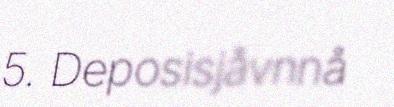
5. Deposisjåvnnå